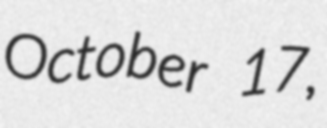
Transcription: October 17,